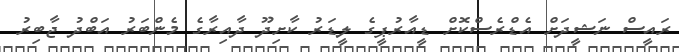
ރައީސް ނަޝީދަށް އެޑްރެސްކޮށް ޑީއާރުޕީގެ ލީޑަރު ކާށިދޫ ދާއިރާގެ މެންބަރު އަބްދު ޖާބިރު